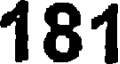
181